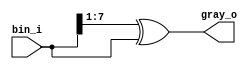
module bintogray #(parameter w = 8)(bin_i,gray_o);
    input [w-1:0] bin_i;
    output [w-1:0] gray_o;

    assign gray_o = (bin_i>>1)^bin_i;
    /*assign gray_o[w-1]=bin_i[w-1];
    genvar i;
    for(i=w-1;i>=0;i--)
        assign gray_o[i]=bin_i[i]^bin_i[i+1]*/
endmodule